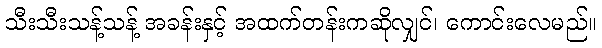
သီးသီးသန့်သန့် အခန်းနှင့် အထက်တန်းကဆိုလျှင်၊ ကောင်းလေမည်။